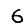
Digit: 6